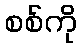
စစ်ကို